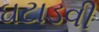
ઘટાડવી